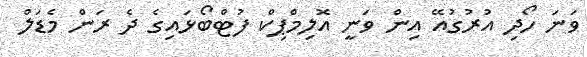
ވަނަ ހޯދި އުރުގުއޭ އިން ވަނީ އޮލިމްޕިކް ފުޓްބޯޅައިގެ ދެ ރަން މެޑަލް